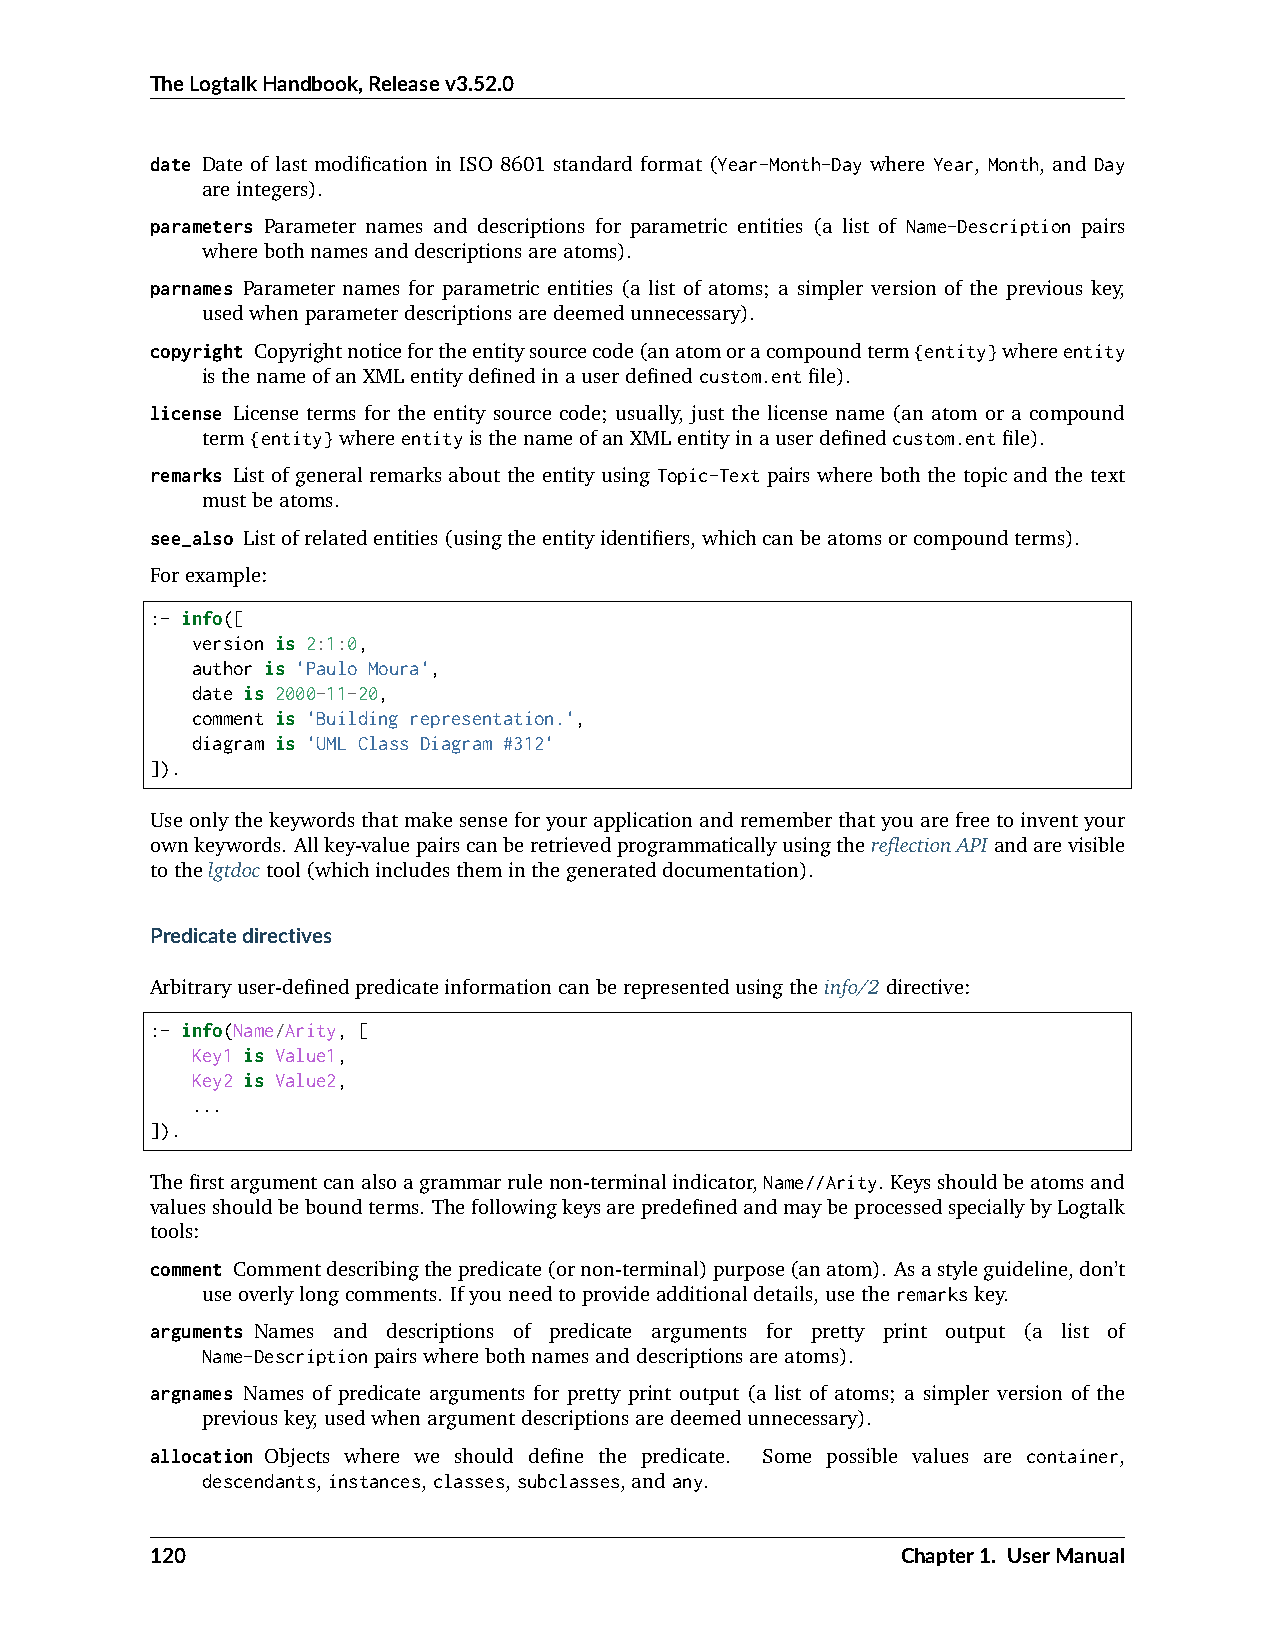
TheLogtalkHandbook,Releasev3.52.0
 date Date of last modification in ISO 8601 standard format (Year-Month-Day where Year, Month, and Day
 areintegers).
 parameters Parameter names and descriptions for parametric entities (a list of Name-Description pairs
 wherebothnamesanddescriptionsareatoms).
 parnames Parameter names for parametric entities (a list of atoms; a simpler version of the previous key,
 usedwhenparameterdescriptionsaredeemedunnecessary).
 copyright Copyrightnoticefortheentitysourcecode(anatomoracompoundterm{entity}whereentity
 isthenameofanXMLentitydefinedinauserdefinedcustom.entfile).
 license License terms for the entity source code; usually, just the license name (an atom or a compound
 term{entity}whereentityisthenameofanXMLentityinauserdefinedcustom.entfile).
 remarks List of general remarks about the entity using Topic-Text pairs where both the topic and the text
 mustbeatoms.
 see_also Listofrelatedentities(usingtheentityidentifiers,whichcanbeatomsorcompoundterms).
 Forexample:
 :- info([
 version is 2:1:0,
 author is 'Paulo Moura',
 date is 2000-11-20,
 comment is 'Building representation.',
 diagram is 'UML Class Diagram #312'
 ]).
 Useonlythekeywordsthatmakesenseforyourapplicationandrememberthatyouarefreetoinventyour
 ownkeywords. Allkey-valuepairscanberetrievedprogrammaticallyusingthereflectionAPIandarevisible
 tothelgtdoctool(whichincludestheminthegenerateddocumentation).
 Predicatedirectives
 Arbitraryuser-definedpredicateinformationcanberepresentedusingtheinfo/2directive:
 :- info(Name/Arity, [
 Key1 is Value1,
 Key2 is Value2,
 ...
 ]).
 Thefirstargumentcanalsoagrammarrulenon-terminalindicator,Name//Arity. Keysshouldbeatomsand
 valuesshouldbeboundterms. ThefollowingkeysarepredefinedandmaybeprocessedspeciallybyLogtalk
 tools:
 comment Commentdescribingthepredicate(ornon-terminal)purpose(anatom). Asastyleguideline,don’t
 useoverlylongcomments. Ifyouneedtoprovideadditionaldetails,usetheremarkskey.
 arguments Names and descriptions of predicate arguments for pretty print output (a list of
 Name-Descriptionpairswherebothnamesanddescriptionsareatoms).
 argnames Names of predicate arguments for pretty print output (a list of atoms; a simpler version of the
 previouskey,usedwhenargumentdescriptionsaredeemedunnecessary).
 allocation Objects where we should define the predicate. Some possible values are container,
 descendants,instances,classes,subclasses,andany.
 120                                               Chapter1. UserManual